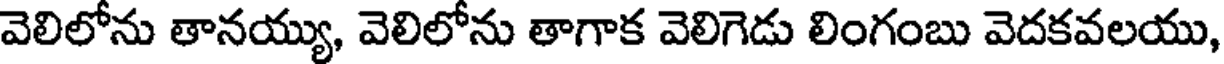
వెలిలోను తానయ్యు, వెలిలోను తాగాక వెలిగెడు లింగంబు వెదకవలయు,